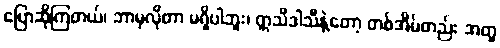
ပြောဆိုကြတယ်၊ ဘာမှလိုတာ မရှိပါဘူး၊ ဣသိဒါသီနဲ့တော့ တစ်အိမ်တည်း အတူ